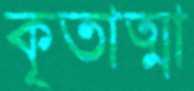
কৃতাত্মা